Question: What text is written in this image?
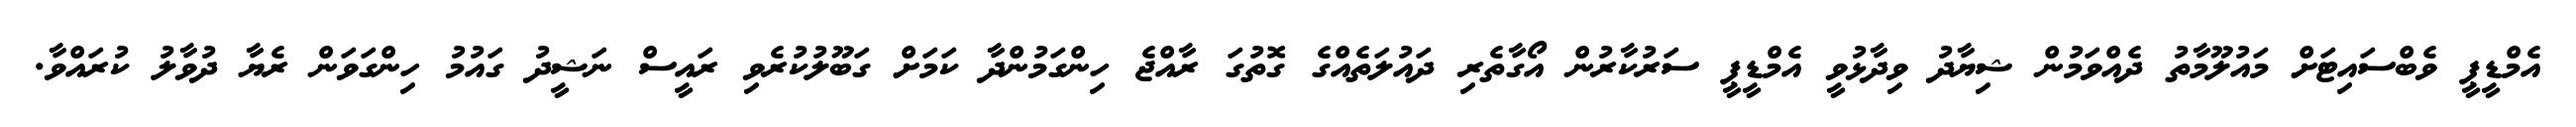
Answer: އެމްޑީޕީ ވެބްސައިޓަށް މައުލޫމާތު ދެއްވަމުން ޝިޔާދު ވިދާޅުވީ އެމްޑީޕީ ސަރުކާރުން އޯގާތެރި ދައުލަތެއްގެ ގޮތުގަ ރާއްޖެ ހިންގަމުންދާ ކަމަށް ގަބޫލުކުރެވި ރައީސް ނަޝީދު ގައުމު ހިންގަވަން ރެޔާ ދުވާލު ކުރައްވާ.